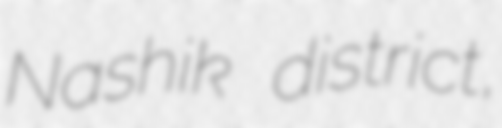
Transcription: Nashik district,